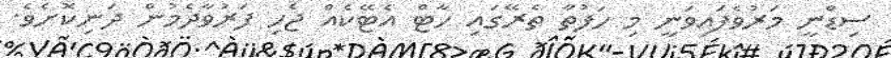
ސިޑްނީ މަރުވެފައިވަނީ މި ހަފުތާ ތެރޭގައި ހާޓް އެޓޭކެއް ޖެހި ފަރުވާދެމުން ދަނިކޮށެވެ.